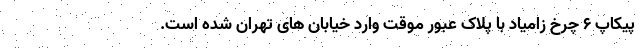
پیکاپ ۶ چرخ زامیاد با پلاک عبور موقت وارد خیابان های تهران شده است.